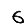
Digit: 6